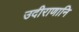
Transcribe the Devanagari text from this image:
उदीराणानि